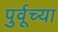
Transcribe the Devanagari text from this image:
पुर्वूच्या